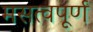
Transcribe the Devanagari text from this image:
मसत्वपूर्ण